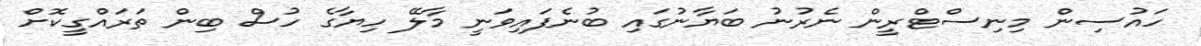
ހައުސިން މިނިސްޓްރީން ނެރުނު ބަޔާނުގައި ބުނެފައިވަނީ މާލޭ ހިޔާގެ ހުސް ބިން ތަރައްގީކޮށް